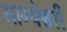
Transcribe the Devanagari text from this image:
भाग्येश्वरी